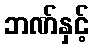
ဘဏ်နှင့်